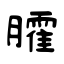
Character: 臛